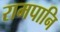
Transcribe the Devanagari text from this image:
रामपानि